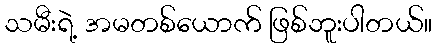
သမီးရဲ့ အမတစ်ယောက် ဖြစ်ဘူးပါတယ်။